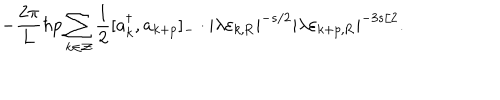
- \frac { 2 \pi } { 2 \pi } { L } \hbar p \sum _ { k \in \cal Z } \frac { 1 } { 2 } [ a _ { k } ^ { \dagger } , a _ { k + p } ] _ { - } \cdot | \lambda \varepsilon _ { k , \mathrm { R } } | ^ { - s / 2 } | \lambda \varepsilon _ { k + p , \mathrm { R } } | ^ { - { 3 s } / 2 } .